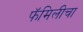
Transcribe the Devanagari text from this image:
फॅमिलीचा